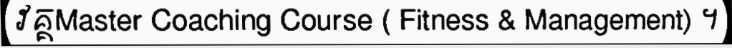
វគ្គMaster Coaching Course ( Fitness & Management) ។